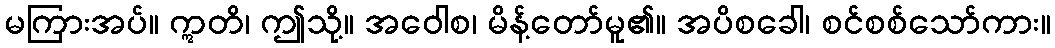
မကြားအပ်။ ဣတိ၊ ဤသို့။ အဝေါစ၊ မိန့်တော်မူ၏။ အပိစခေါ၊ စင်စစ်သော်ကား။